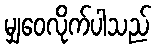
မျှဝေလိုက်ပါသည်